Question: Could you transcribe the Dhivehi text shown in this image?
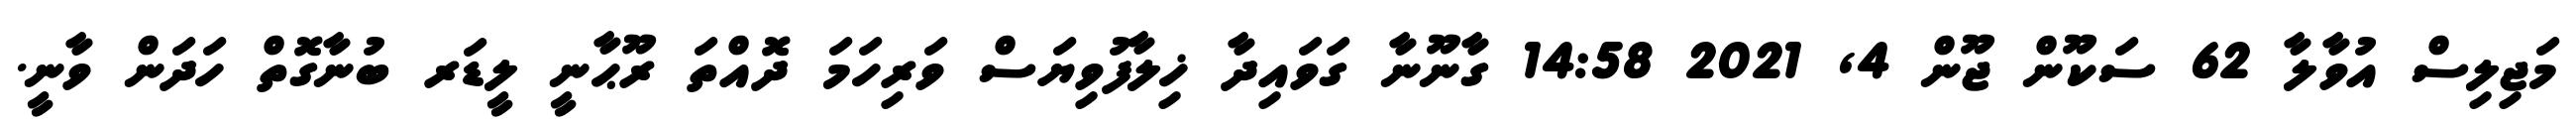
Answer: މަޖިލިސް އުވާލާ 62 ސަކޫން ޖޫން 4, 2021 14:58 ގާނޫނާ ގަވައިދާ ޚިލާފުވިޔަސް ވަރިހަމަ ދޮއްތަ ރޫޙާނީ ލީޑަރ ބުނާގޮތް ހަދަން ވާނީ.